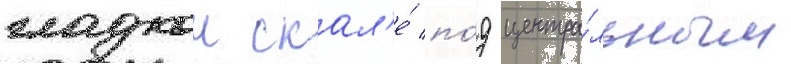
гладкои скал'е́ по́д центра́льным